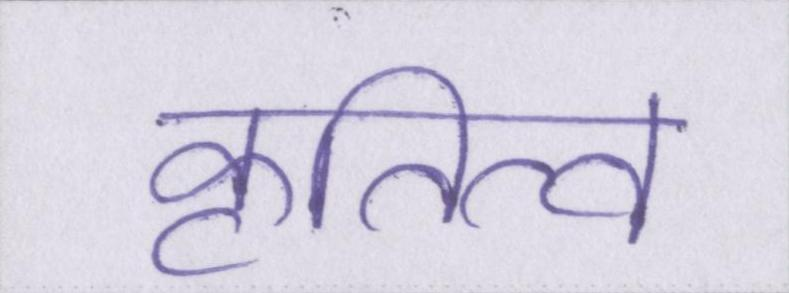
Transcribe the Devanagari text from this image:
कृतित्व